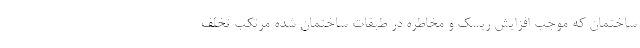
ساختمان که موجب افزایش ریسک و مخاطره در طبقات ساختمان شده مرتکب تخلف